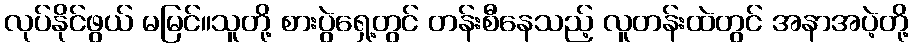
လုပ်နိုင်ဖွယ် မမြင်။သူတို့ စားပွဲရှေ့တွင် တန်းစီနေသည့် လူတန်းထဲတွင် အနာအပဲ့တို့